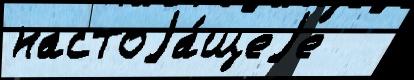
настоjа́щеjе